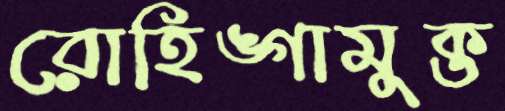
রোহিঙ্গামুক্ত